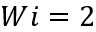
W i = 2